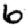
Digit: 6